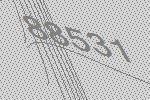
88531